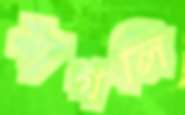
মাগলি